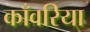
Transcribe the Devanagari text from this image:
काँवरिया